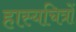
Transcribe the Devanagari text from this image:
हास्यचित्रों